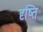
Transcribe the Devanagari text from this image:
दृष्ति